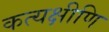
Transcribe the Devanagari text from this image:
कत्यक्षीणि